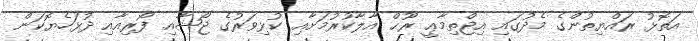
އަތޮޅު ރައްޔިތުންގެ މެދުގައި އިޖްތިމާޢީ ރޫޙް އާލާކުރުމަށާއި ކުޅިވަރުގެ ޖޯޝާއި ފޯރިއާއި ދުޅަހެޔޮކަން